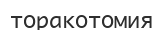
торакотомия